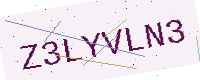
Text: Z3LYVLN3